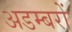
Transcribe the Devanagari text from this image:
अडम्बरों